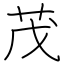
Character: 茂